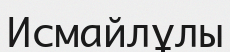
Исмайлұлы